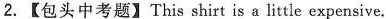
【包头中考题】This shirt is a little expensive.